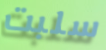
سلبت